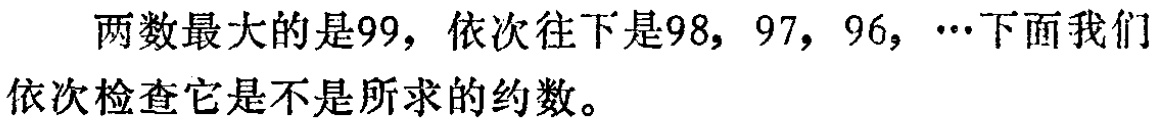
两数最大的是99，依次往下是98，97，96，…下面我们依次检查它是不是所求的约数。